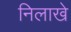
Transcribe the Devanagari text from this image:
निलाखे